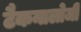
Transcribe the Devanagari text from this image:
टैकनालोजी